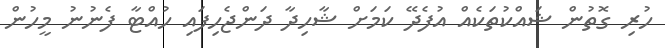
ހުރި ގޮތުން ޝައްކުތަކެއް އުފެދޭ ކަމަށް ޝާހިދާ ދަންޖެހިފައި ހުއްޓާ ފެނުނު މީހުން